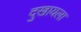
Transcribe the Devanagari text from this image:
दुखायला